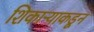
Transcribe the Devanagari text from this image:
शिकाऱ्याकडून